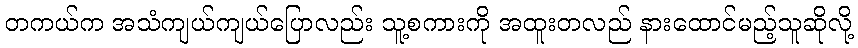
တကယ်က အသံကျယ်ကျယ်ပြောလည်း သူ့စကားကို အထူးတလည် နားထောင်မည့်သူဆိုလို့